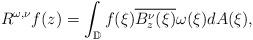
LaTeX: \begin{align*}R^{\omega,\nu}f(z)=\int_{\mathbb{D}}f(\xi)\overline{B_z^\nu(\xi)}\omega(\xi)dA(\xi),\end{align*}